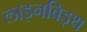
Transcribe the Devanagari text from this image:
लाइनविड्थ